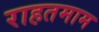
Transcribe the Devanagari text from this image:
राहतमाम